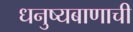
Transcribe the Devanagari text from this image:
धनुष्यबाणाची